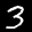
Label: 3